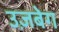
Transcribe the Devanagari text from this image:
उज़बेग